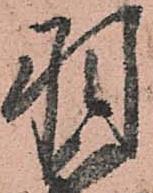
羽